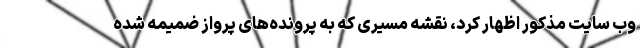
وب سایت مذکور اظهار کرد، نقشه مسیری که به پرونده‌های پرواز ضمیمه شده